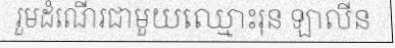
រួមដំណើរជាមួយឈ្មោះរុន ឡាលីន